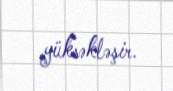
yüksəkləşir.